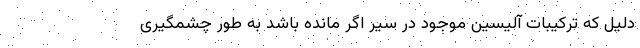
دلیل که ترکیبات آلیسین موجود در سیر اگر مانده باشد به طور چشمگیری